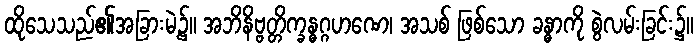
ထိုသေသည်၏အခြားမဲ့၌။ အဘိနိဗ္ဗတ္တိက္ခန္ဓဂ္ဂဟဏေ၊ အသစ် ဖြစ်သော ခန္ဓာကို စွဲလမ်းခြင်း၌။